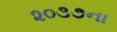
૨૦૩૭ના